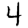
Digit: 4